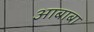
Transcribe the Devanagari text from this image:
आबाबा